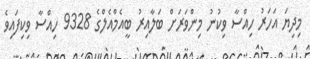
މިދިޔަ އަހަރު ހިއްސާ ވިކުނު މިންވަރަށް ބަލާއިރު ބީއެމްއެލްގެ 9328 ހިއްސާ ވިކިފައިވެ